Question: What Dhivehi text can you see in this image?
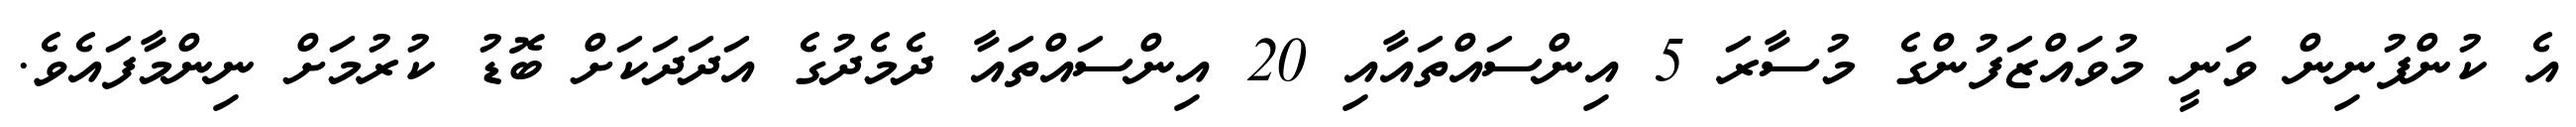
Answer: އެ ކުންފުނިން ވަނީ މުވައްޒަފުންގެ މުސާރަ 5 އިންސައްތައާއި 20 އިންސައްތައާ ދެމެދުގެ އަދަދަކަށް ބޮޑު ކުރުމަށް ނިންމާފައެވެ.